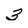
Character: 3